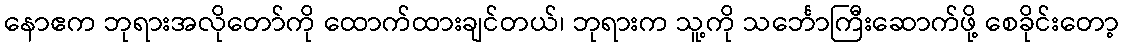
နောဧက ဘုရားအလိုတော်ကို ထောက်ထားချင်တယ်၊ ဘုရားက သူ့ကို သင်္ဘောကြီးဆောက်ဖို့ စေခိုင်းတော့